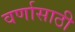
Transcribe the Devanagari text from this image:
वर्णासाठी